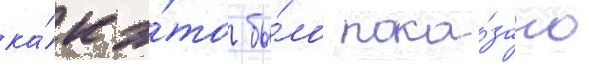
ка́к э́то бы́ло пока́зано